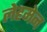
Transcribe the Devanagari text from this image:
लेहमेन